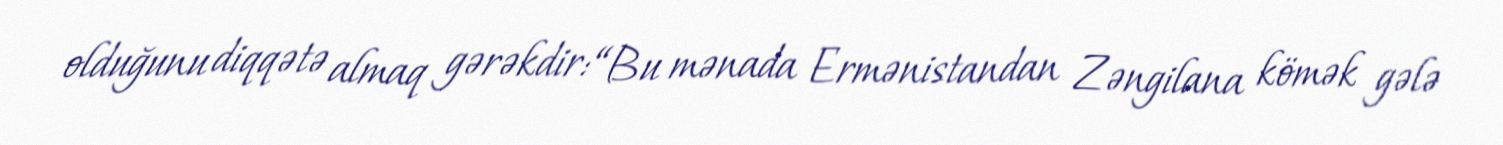
olduğunu diqqətə almaq gərəkdir: “Bu mənada Ermənistandan Zəngilana kömək gələ